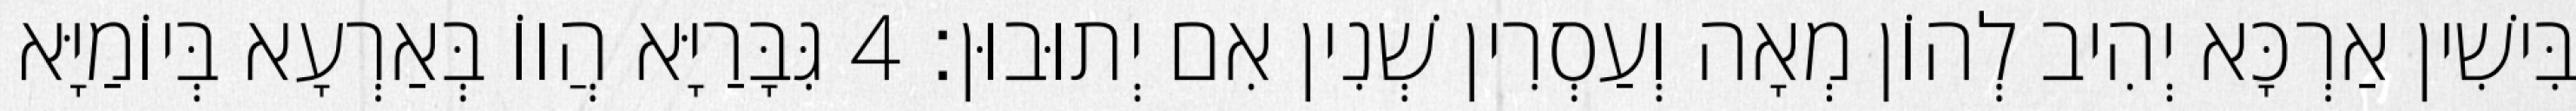
בִּישִׁין אַרְכָּא יְהִיב לְהוֹן מְאָה וְעַסְרִין שְׁנִין אִם יְתוּבוּן׃ 4 גִּבָּרַיָּא הֲווֹ בְּאַרְעָא בְּיוֹמַיָּא